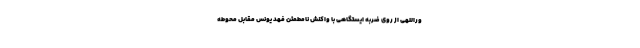
وراللهی از روی ضربه ایستگاهی با واکنش نامطمئن فهد یونس مقابل محوطه